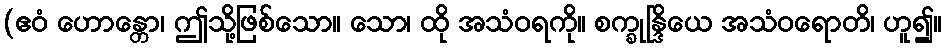
(ဧဝံ ဟောန္တော၊ ဤသို့ဖြစ်သော။ သော၊ ထို အသံဝရကို။ စက္ခုန္ဒြိယေ အသံဝရောတိ၊ ဟူ၍။